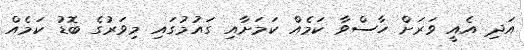
އަދި އެއީ ވަރަށް ހާސްވާ ކަމެއް ކަމަށާއި ގައުމުގައި މިވަރުގެ ބޮޑު ކަމެއް